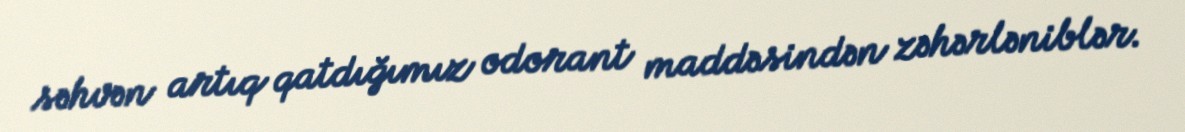
səhvən artıq qatdığımız odorant maddəsindən zəhərləniblər.